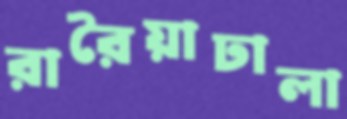
রারৈয়াঢালা